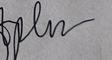
Signature authenticity: genuine